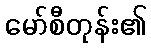
မော်စီတုန်း၏